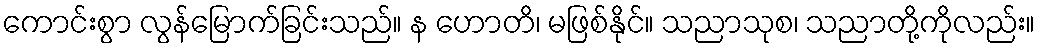
ကောင်းစွာ လွန်မြောက်ခြင်းသည်။ န ဟောတိ၊ မဖြစ်နိုင်။ သညာသုစ၊ သညာတို့ကိုလည်း။